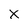
Character: x